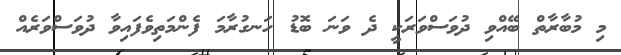
މި މުބާރާތް ބޭއްވި ދުވަސްވަރަކީ ދެ ވަނަ ބޮޑު ހަނގުރާމަ ފެންމަތިވެފައިވާ ދުވަސްވަރެއް